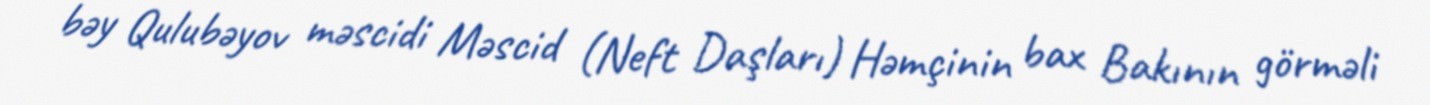
bəy Qulubəyov məscidi Məscid (Neft Daşları) Həmçinin bax Bakının görməli